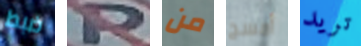
ضبط P من أمسح تريد